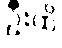
ဦးထိ